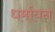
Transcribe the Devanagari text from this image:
धर्मायन